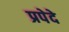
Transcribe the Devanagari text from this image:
प्रपेदे